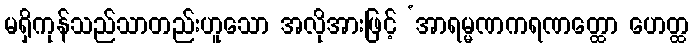
မရှိကုန်သည်သာတည်းဟူသော အလိုအားဖြင့် ‘အာရမ္မဏကရဏတ္ထော ဟေတ္ထ